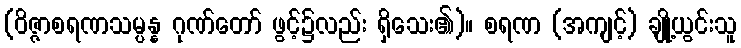
(ဝိဇ္ဇာစရဏသမ္ပန္န ဂုဏ်တော် ဖွင့်၌လည်း ရှိသေး၏)။ စရဏ (အကျင့်) ချို့ယွင်းသူ